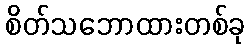
စိတ်သဘောထားတစ်ခု